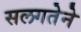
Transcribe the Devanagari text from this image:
सलगतेने